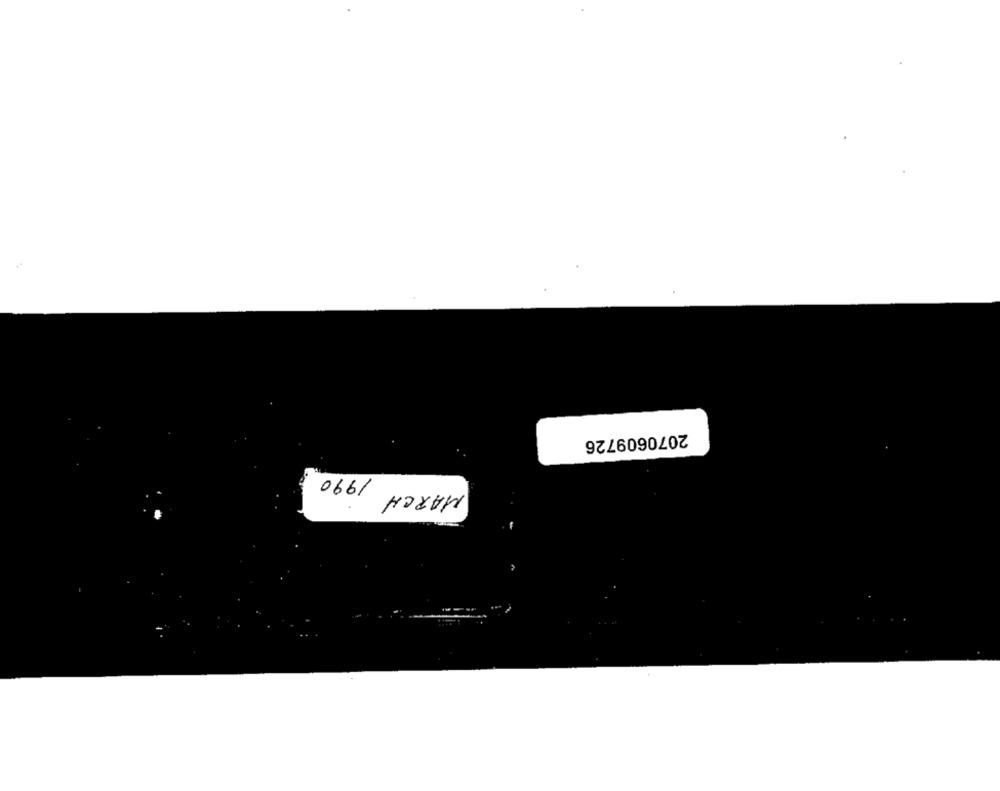
2070609726
MARCH
0661